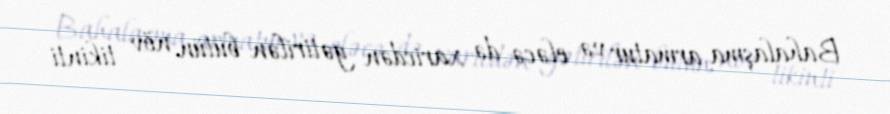
Bahalaşma armatur və eləcə də xaricdən gətirilən bütün növ tikinti